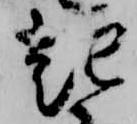
起